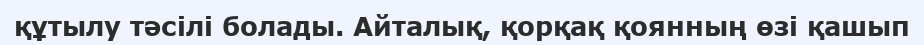
құтылу тәсілі болады. Айталық, қорқақ қоянның өзі қашып